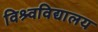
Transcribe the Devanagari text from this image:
विश्र्वविद्यालय